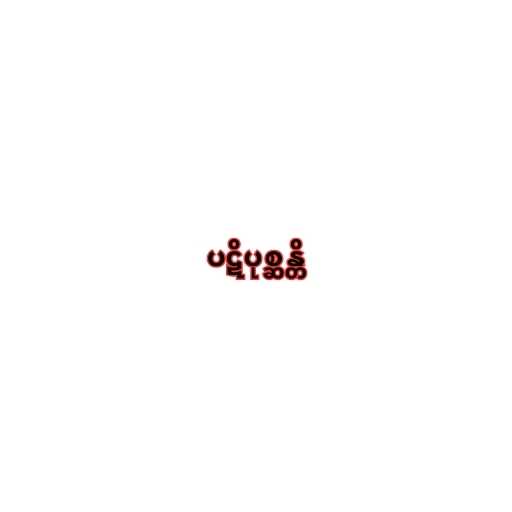
ပဋိပုစ္ဆန္တိ